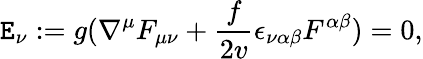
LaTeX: \mathtt{E}_{\nu}:={g}(\nabla^{\mu}F_{\mu\nu}+\frac{f}{{2}v}\epsilon_{\nu\alpha\beta}F^{\alpha\beta})=0,